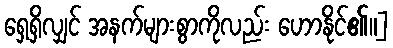
ရှေ့ရှိလျှင် အနက်များစွာကိုလည်း ဟောနိုင်၏။]